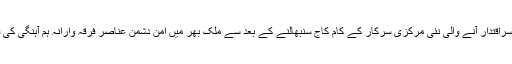
خود کو 125 کروڑ عوام کی نمائندہ سرکار کا دعویٰ کرنے والی 26 مئی کو برسراقتدار آنے والی نئی مرکزی سرکار کے کام کاج سنبھالنے کے بعد سے ملک بھر میں امن دشمن عناصر فرقہ وارانہ ہم آہنگی کی فضا کو مکدر کرنے کے لیے رات دن زہریلے بیانات دیتے نہیں تھک رہے ہیں۔